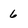
Character: 6